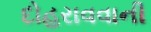
દોહરાવવાની